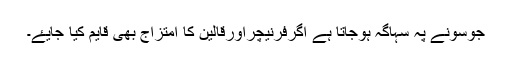
جوسونے پہ سہاگہ ہوجاتا ہے اگرفرنیچراورقالین کا امتزاج بھی قايم کیا جایۓ۔